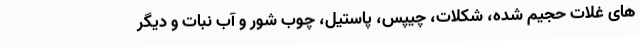
های غلات حجیم شده، شکلات، چیپس، پاستیل، چوب شور و آب نبات و دیگر